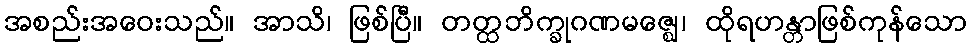
အစည်းအဝေးသည်။ အာသိ၊ ဖြစ်ပြီ။ တတ္ထဘိက္ခုဂဏမဇ္ဈေ၊ ထိုရဟန္တာဖြစ်ကုန်သော